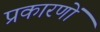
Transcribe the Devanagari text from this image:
प्रकारणों